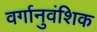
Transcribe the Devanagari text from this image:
वर्गानुवंशिक